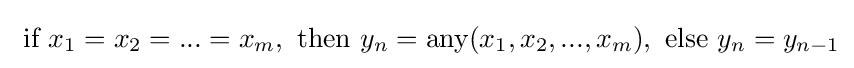
{\text{ if }}x_{1}=x_{2}=...=x_{m},{\text{ then }}y_{n}={\text{any}}(x_{1},x_{2},...,x_{m}),{\text{ else }}y_{n}=y_{n-1}